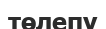
төлепу